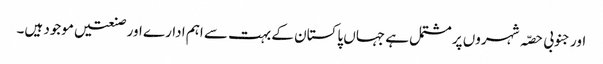
اور جنوبی حصّہ شہروں پر مشتمل ہے جہاں پاکستان کے بہت سے اہم ادارے اور صنعتیں موجود ہیں۔